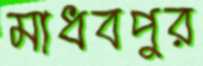
মাধবপুর